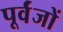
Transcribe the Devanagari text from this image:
पूर्वंजों